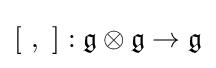
[\ ,\ ]:{\mathfrak {g}}\otimes {\mathfrak {g}}\to {\mathfrak {g}}